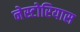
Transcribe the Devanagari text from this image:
नेस्टोरियास